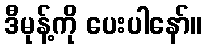
ဒီမုန့်ကို ပေးပါနော်။